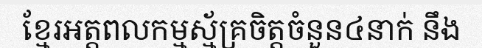
ខ្មែរអត្តពលកម្មស្ម័គ្រចិត្តចំនួន៤នាក់ នឹង